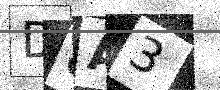
Text: D8A3